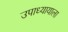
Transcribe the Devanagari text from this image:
उपाध्यायाला